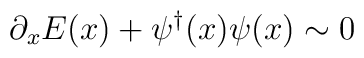
\partial_x E(x)+\psi^{\dagger}(x)\psi(x)\sim 0